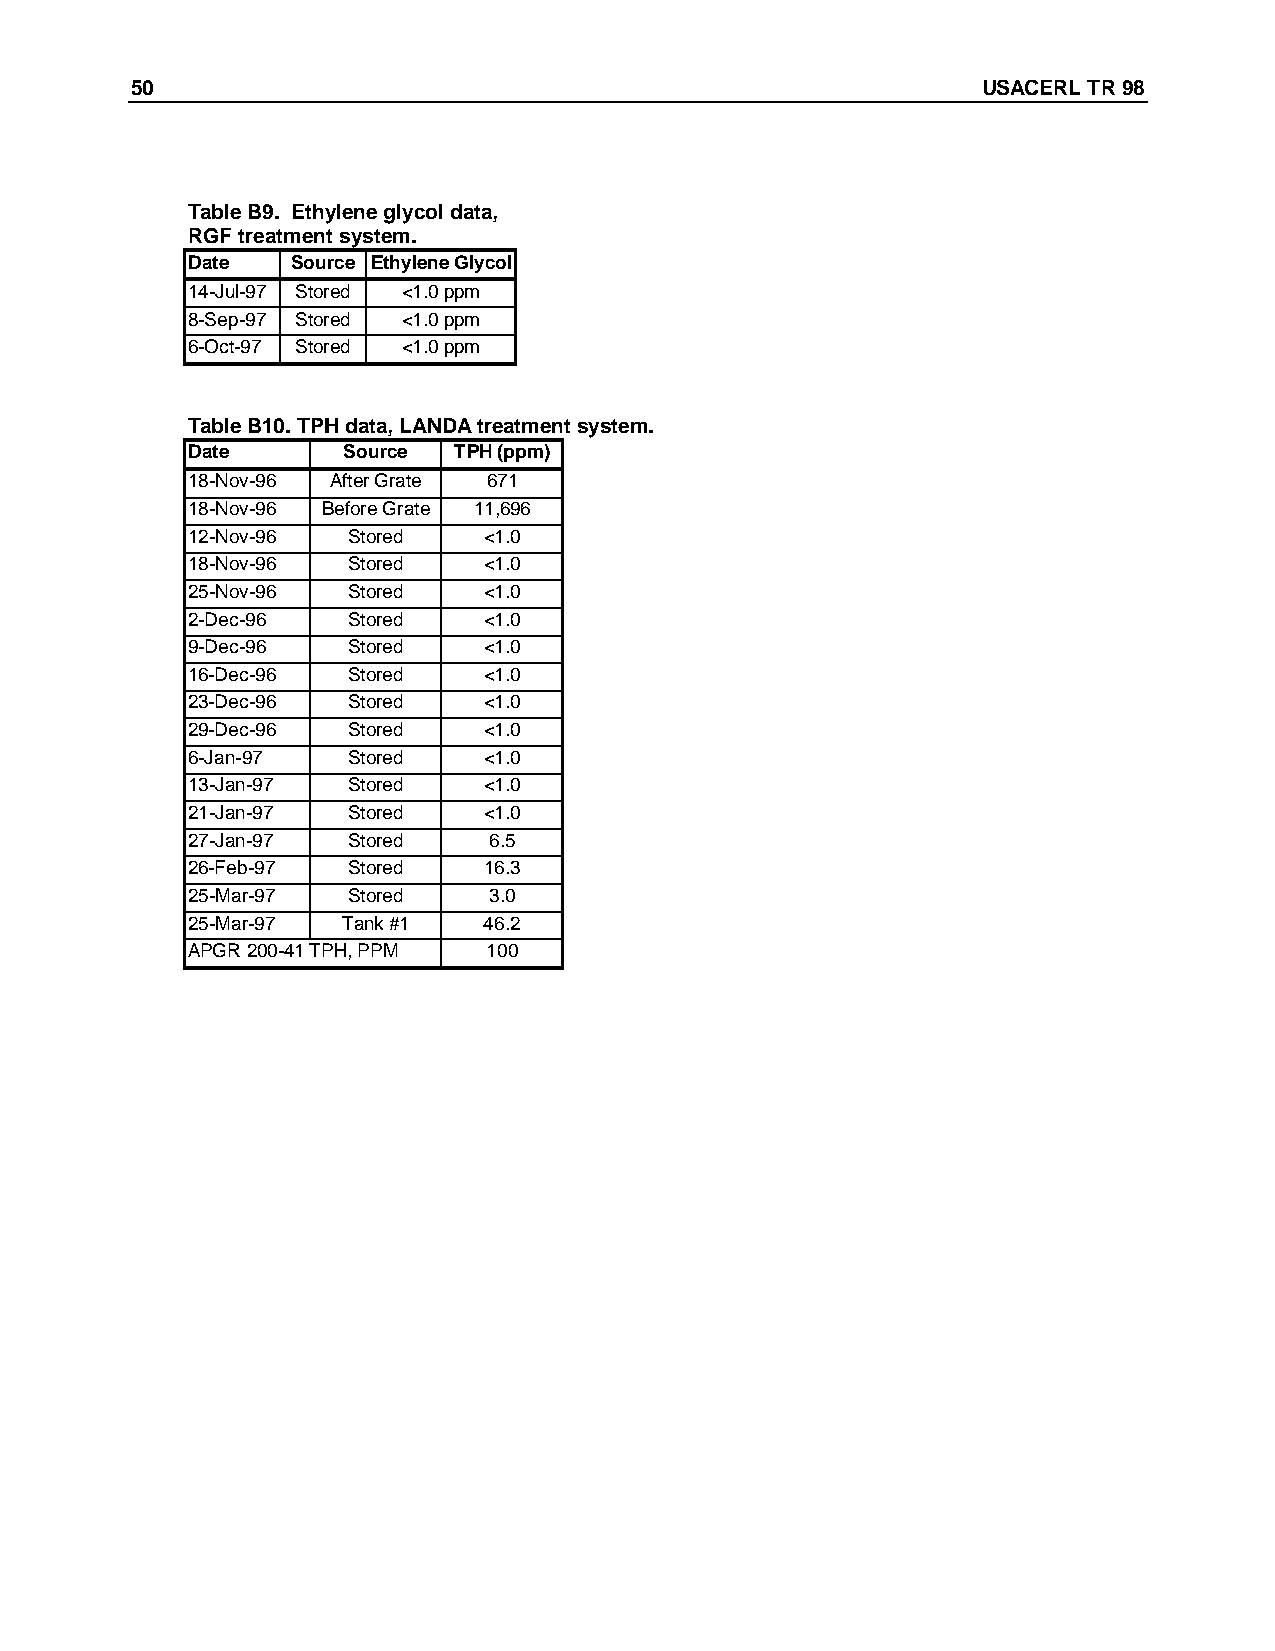
50                                                      USACERL TR 98
 Table B9. Ethylene glycol data,
 RGF treatment system.
 Date   Source Ethylene Glycol
 14-Jul-97 Stored <1.0 ppm
 8-Sep-97 Stored <1.0 ppm
 6-Oct-97 Stored <1.0 ppm
 Table B10. TPH data, LANDA treatment system.
 Date       Source TPH (ppm)
 18-Nov-96 After Grate 671
 18-Nov-96 Before Grate 11,696
 12-Nov-96  Stored   <1.0
 18-Nov-96  Stored   <1.0
 25-Nov-96  Stored   <1.0
 2-Dec-96   Stored   <1.0
 9-Dec-96   Stored   <1.0
 16-Dec-96  Stored   <1.0
 23-Dec-96  Stored   <1.0
 29-Dec-96  Stored   <1.0
 6-Jan-97   Stored   <1.0
 13-Jan-97  Stored   <1.0
 21-Jan-97  Stored   <1.0
 27-Jan-97  Stored   6.5
 26-Feb-97  Stored   16.3
 25-Mar-97  Stored   3.0
 25-Mar-97  Tank #1  46.2
 APGR 200-41 TPH, PPM 100